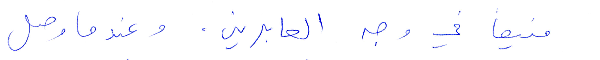
منيعًا في وجه العابرين. وعندما وصل